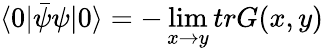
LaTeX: \langle 0|{\bar{\psi}}\psi|0\rangle=-\operatorname*{lim}_{x\rightarrow y}trG(x,y)